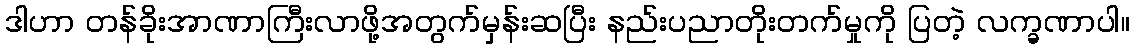
ဒါဟာ တန်ခိုးအာဏာကြီးလာဖို့အတွက်မှန်းဆပြီး နည်းပညာတိုးတက်မှုကို ပြတဲ့ လက္ခဏာပါ။